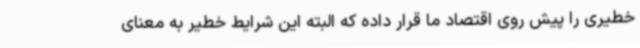
خطیری را پیش روی اقتصاد ما قرار داده که البته این شرایط خطیر به معنای